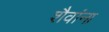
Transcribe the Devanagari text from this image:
शैवांना